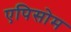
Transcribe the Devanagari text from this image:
एपिसोम